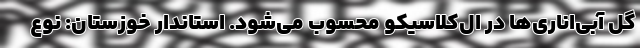
گل آبی‌اناری‌ها در ال‌کلاسیکو محسوب می‌شود. استاندار خوزستان: نوع